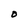
Character: O